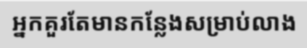
អ្នកគួរតែមានកន្លែងសម្រាប់លាង